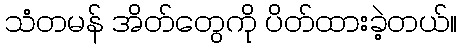
သံတမန် အိတ်တွေကို ပိတ်ထားခဲ့တယ်။